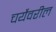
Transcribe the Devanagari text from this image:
चर्येवरील